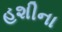
હશીના